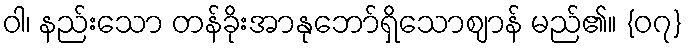
ဝါ၊ နည်းသော တန်ခိုးအာနုဘော်ရှိသောဈာန် မည်၏။ {၀၇}